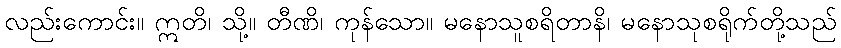
လည်းကောင်း။ ဣတိ၊ သို့။ တီဏိ၊ ကုန်သော။ မနောသူစရိတာနိ၊ မနောသုစရိုက်တို့သည်